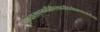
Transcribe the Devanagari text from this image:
गावात१एमबीबीएसपदवीधरवैद्यकव्यवसायीआहे